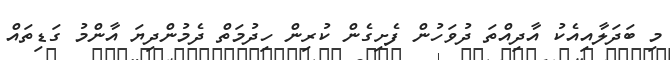
މި ބަދަލާއިއެކު އާދިއްތަ ދުވަހުން ފެށިގެން ކުރިން ހިދުމަތް ދެމުންދިޔަ އާންމު ގަޑިތައް